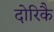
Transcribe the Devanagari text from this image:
दोरिकै